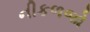
નીકળજો